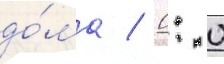
до́ма / 0: 0